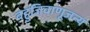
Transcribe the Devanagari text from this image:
बहुजिवाणूजन्य